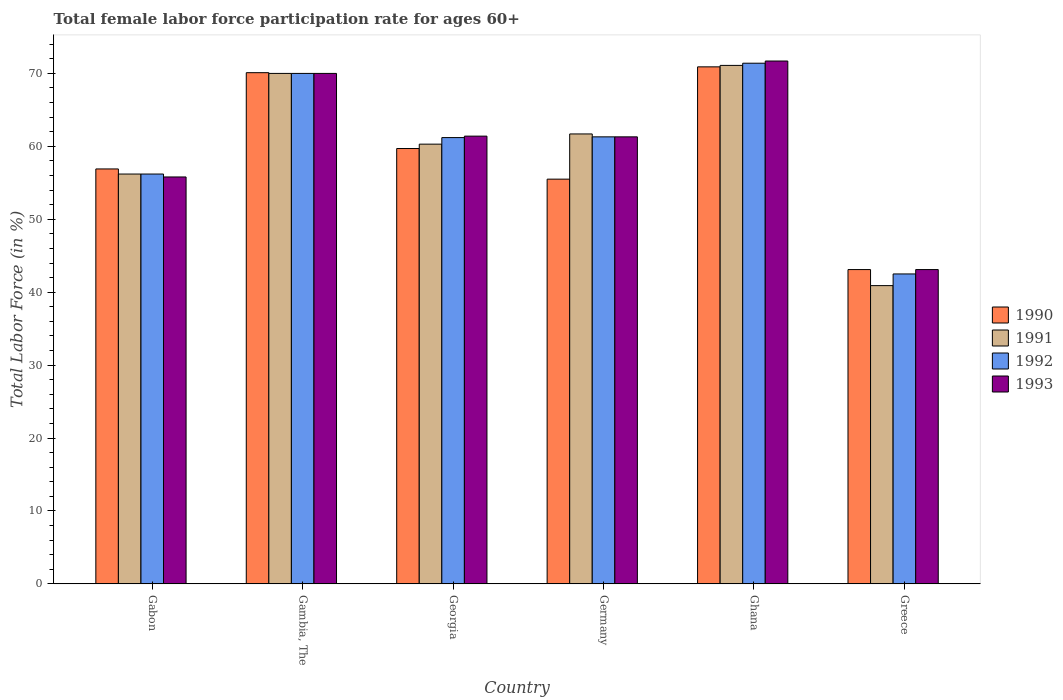
| Country | 1990 | 1991 | 1992 | 1993 |
 | --- | --- | --- | --- | --- |
 | Gabon | 56.9 | 56.2 | 56.2 | 55.8 |
 | Gambia, The | 70.1 | 70 | 70 | 70 |
 | Georgia | 59.7 | 60.3 | 61.2 | 61.4 |
 | Germany | 55.5 | 61.7 | 61.3 | 61.3 |
 | Ghana | 70.9 | 71.1 | 71.4 | 71.7 |
 | Greece | 43.1 | 40.9 | 42.5 | 43.1 |